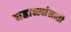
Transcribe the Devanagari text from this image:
घडाळ्यांसाठी